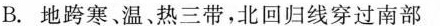
B地跨寒、温、热三带，北回归线穿过南部